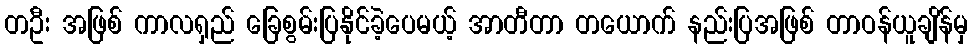
တဦး အဖြစ် ကာလရှည် ခြေစွမ်းပြနိုင်ခဲ့ပေမယ့် အာတီတာ တယောက် နည်းပြအဖြစ် တာဝန်ယူချိန်မှ